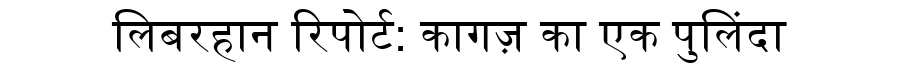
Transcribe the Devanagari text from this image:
लिबरहान रिपोर्ट: कागज़ का एक पुलिंदा